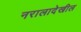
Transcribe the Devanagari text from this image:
नरालादेखील